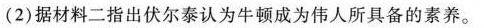
（2）据材料二指出伏尔泰认为牛顿成为伟人所具备的素养。